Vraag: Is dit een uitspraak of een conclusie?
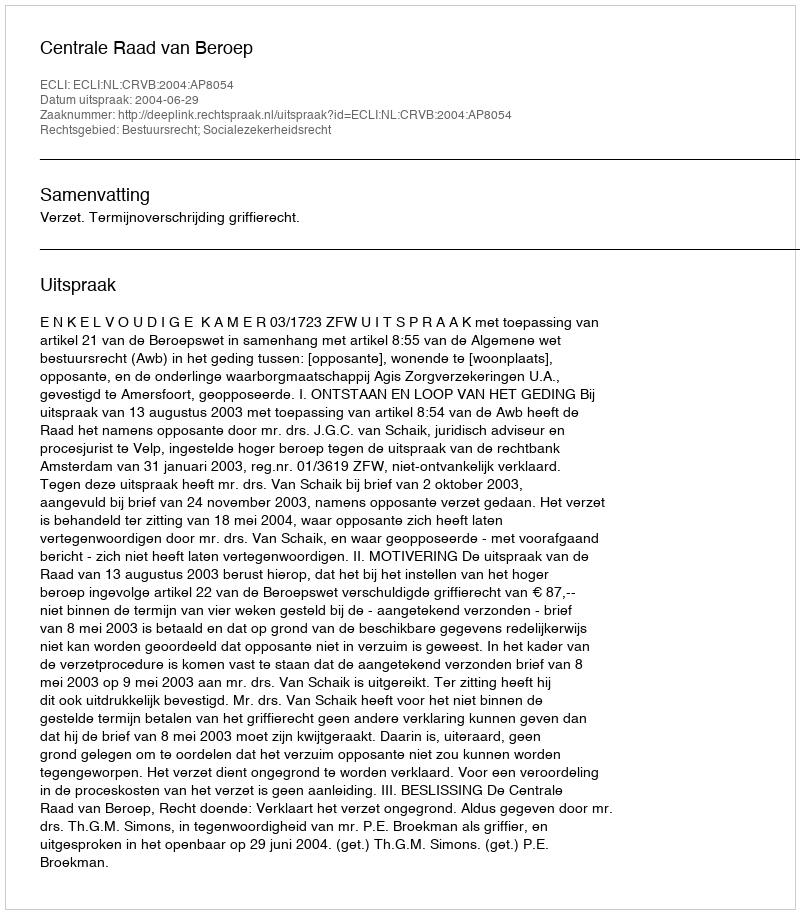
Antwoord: Uitspraak